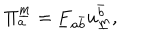
\Pi _ { a } ^ { \underline { { { m } } } } = \underline { { { F } } } _ { { a } { \bar { b } } } u _ { \underline { { { m } } } } ^ { \bar { b } } ,